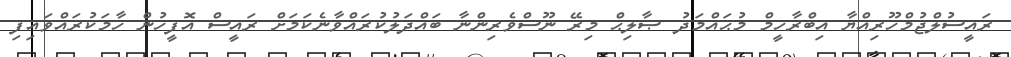
ރައީސުލްޖުމްހޫރިއްޔާ އިބްރާހީމް މުޙައްމަދު ޞާލިޙް މިރޭ ނޫސްވެރިންނާ ބައްދަލުކުރައްވާނެކަމަށް ރައީސް އޮފީހުން ހާމަކުރައްވައިފި